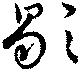
歇